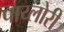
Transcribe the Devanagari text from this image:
पाय्लोरी